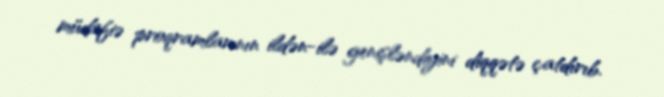
müdafiə proqramlarının ildən-ilə genişləndiyini diqqətə çatdırıb.